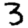
Digit: 3